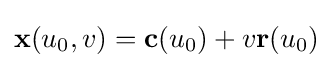
\mathbf {x} (u_{0},v)=\mathbf {c} (u_{0})+v\mathbf {r} (u_{0})